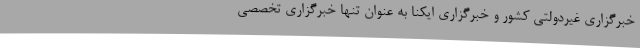
خبرگزاری غیردولتی کشور و خبرگزاری ایکنا به عنوان تنها خبرگزاری تخصصی